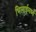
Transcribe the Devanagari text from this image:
भिलाईमध्ये